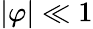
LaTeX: |\varphi|\ll 1